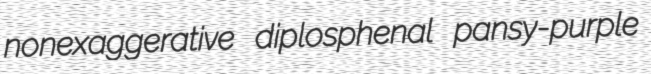
nonexaggerative diplosphenal pansy-purple